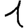
Digit: 1